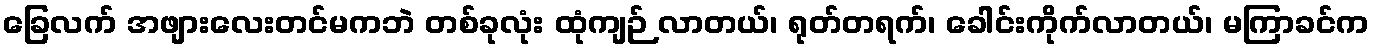
ခြေလက် အဖျားလေးတင်မကဘဲ တစ်ခုလုံး ထုံကျဉ် လာတယ်၊ ရုတ်တရက်၊ ခေါင်းကိုက်လာတယ်၊ မကြာခင်က